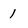
Character: 1